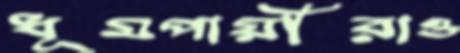
ধূমপায়ীরাও